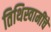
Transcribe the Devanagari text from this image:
तिथिस्वामींचे